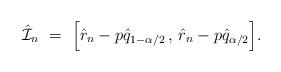
LaTeX: \begin{align*} \hat{\mathcal{I}}_n \ = \ \Big[ \hat{r}_n-p \hat q_{1-\alpha/2}\, , \, \hat{r}_n-p \hat q_{\alpha/2} \Big]. \end{align*}